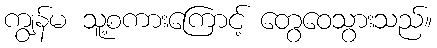
ကျွန်မ သူ့စကားကြောင့် တွေဝေသွားသည်။